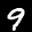
Digit: 9